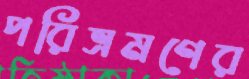
পরিভ্রমণের